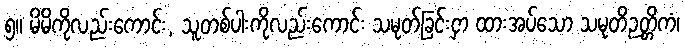
၅။ မိမိကိုလည်းကောင်း, သူတစ်ပါးကိုလည်းကောင်း သမုတ်ခြင်းငှာ ထားအပ်သော သမုတိဉတ္တိကံ၊